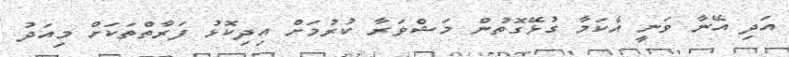
އަދި އޭނާ ވަނީ އެކަމާ ގުޅޭގޮތުން މަޝްވަރާ ކުރުމަށް އިދިކޮޅު ފަރާތްތަކަށް މިއަދު